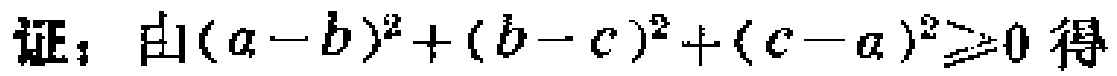
证：由\((a - b)^2 + (b - c)^2 + (c - a)^2 \geq 0\)得